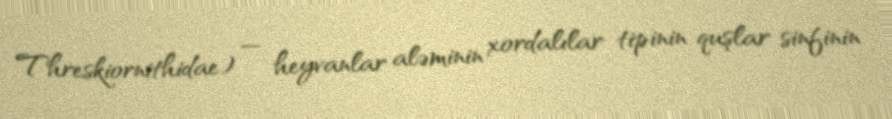
Threskiornithidae) — heyvanlar aləminin xordalılar tipinin quşlar sinfinin